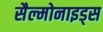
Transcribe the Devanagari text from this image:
सैल्मोनाइड्स